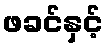
ဖခင်နှင့်